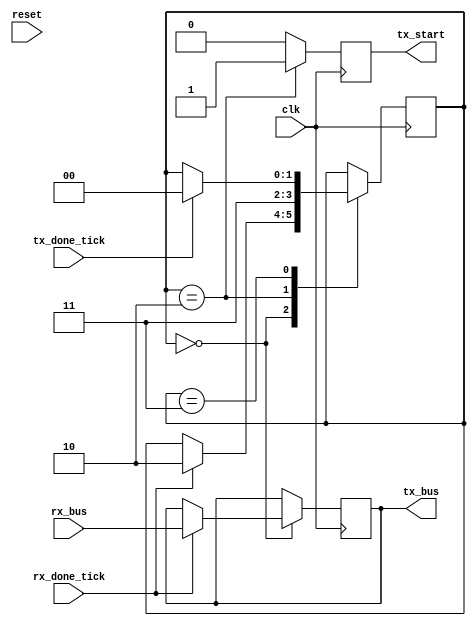
`timescale 1ns / 1ps

module echo(
			input wire rx_done_tick,
			input wire [7:0] rx_bus,
			input wire tx_done_tick,
			input wire clk,
			input wire reset,
			output reg tx_start,
			output wire [7:0] tx_bus
    );


	reg [7:0] buffer;

   parameter idle = 0;
   parameter start = 1;
   parameter envio = 2;
   parameter envio2 = 3;

(* FSM_ENCODING="sequential", SAFE_IMPLEMENTATION="YES", SAFE_RECOVERY_STATE="idle" *) reg [1:0] state = idle;

	always@(posedge clk) begin
		tx_start <= 0;
		(* PARALLEL_CASE *) case (state)
			idle : begin
				if (rx_done_tick)
					begin
						buffer <= rx_bus;
						state <= envio;
					end	
			end
			
			envio : begin						
				tx_start <= 1;			
				state <= envio2;
			end
			
			envio2 : begin						
				if(tx_done_tick) state <= idle;
			end
			
		endcase
	end

   assign tx_bus = buffer;

endmodule